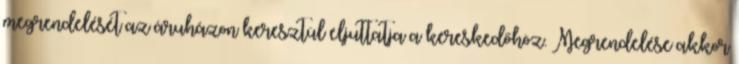
megrendelését az áruházon keresztül eljuttatja a kereskedőhöz. Megrendelése akkor